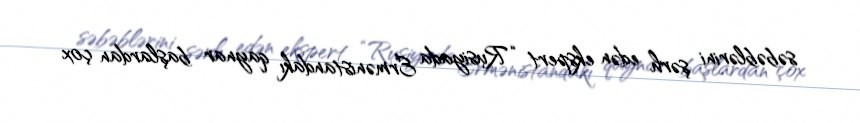
səbəblərini şərh edən ekspert “Rusiyada Ermənistandakı qaynar başlardan çox